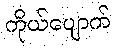
ကိုယ်ပျောက်